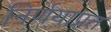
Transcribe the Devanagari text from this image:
निर्णयाप्रत